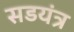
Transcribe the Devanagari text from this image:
सडयंत्र